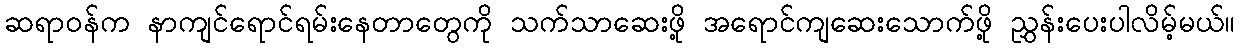
ဆရာဝန်က နာကျင်ရောင်ရမ်းနေတာတွေကို သက်သာဆေးဖို့ အရောင်ကျဆေးသောက်ဖို့ ညွှန်းပေးပါလိမ့်မယ်။